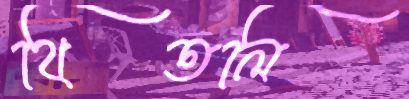
থিতলি